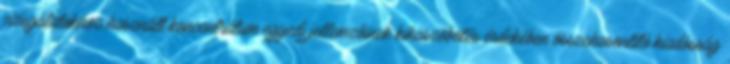
vizsgálatokhoz használt koncentrátum egyedi jellemzõinek kiküszöbölés érdekében összehasonlító kiadósság